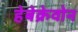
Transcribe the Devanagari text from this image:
हेबेक्रेवोन